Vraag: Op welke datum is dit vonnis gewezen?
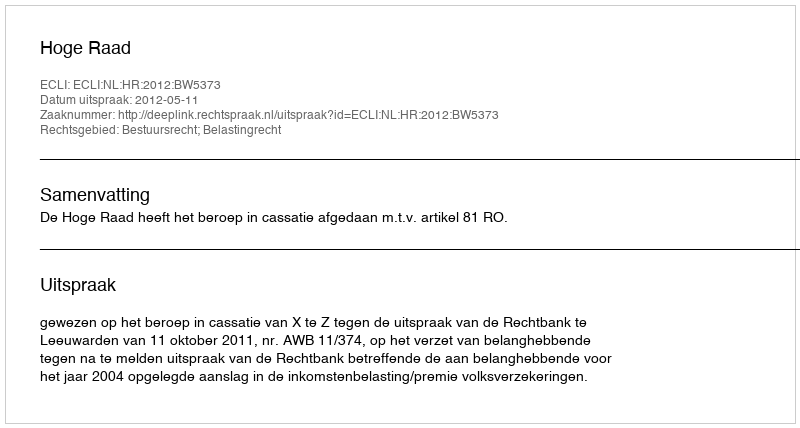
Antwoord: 2012-05-11